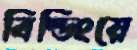
বিল্ডিংয়ে